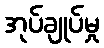
အုပ်ချုပ်မှု